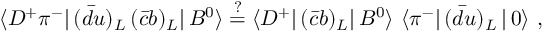
\langle D ^ { + } \pi ^ { - } | \, ( \bar { d } u ) _ { L } \, ( \bar { c } b ) _ { L } | \, B ^ { 0 } \rangle \stackrel { ? } { = } \langle D ^ { + } | \, ( \bar { c } b ) _ { L } | \, B ^ { 0 } \rangle \ \langle \pi ^ { - } | \, ( \bar { d } u ) _ { L } \, | \, 0 \rangle \ ,